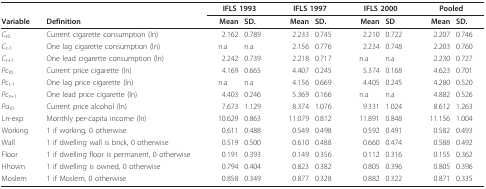
<table><thead><tr><td></td><td></td><td colspan="2"><b>IFLS 1993</b></td><td colspan="2"><b>IFLS 1997</b></td><td colspan="2"><b>IFLS 2000</b></td><td colspan="2"><b>Pooled</b></td></tr><tr><td><b>Variable</b></td><td><b>Definition</b></td><td><b>Mean</b></td><td><b>SD.</b></td><td><b>Mean</b></td><td><b>SD.</b></td><td><b>Mean</b></td><td><b>SD</b></td><td><b>Mean</b></td><td><b>SD.</b></td></tr></thead><tbody><tr><td><i>C</i><sub><i>t</i>0</sub></td><td>Current cigarette consumption (ln)</td><td>2.162</td><td>0.789</td><td>2.233</td><td>0.745</td><td>2.210</td><td>0.722</td><td>2.207</td><td>0.746</td></tr><tr><td><i>C</i><sub><i>t-</i>1</sub></td><td>One lag cigarette consumption (ln)</td><td>n.a</td><td>n.a</td><td>2.156</td><td>0.776</td><td>2.234</td><td>0.748</td><td>2.203</td><td>0.760</td></tr><tr><td><i>C</i><sub><i>t</i>+1</sub></td><td>One lead cigarette consumption (ln)</td><td>2.242</td><td>0.739</td><td>2.218</td><td>0.717</td><td>n.a</td><td>n.a</td><td>2.230</td><td>0.727</td></tr><tr><td><i>Pc</i><sub><i>t</i>0</sub></td><td>Current price cigarette (ln)</td><td>4.169</td><td>0.665</td><td>4.407</td><td>0.245</td><td>5.374</td><td>0.168</td><td>4.623</td><td>0.701</td></tr><tr><td><i>Pc</i><sub><i>t</i>-1</sub></td><td>One lag price cigarette (ln)</td><td>n.a</td><td>n.a</td><td>4.156</td><td>0.669</td><td>4.405</td><td>0.245</td><td>4.280</td><td>0.520</td></tr><tr><td><i>Pc</i><sub><i>t</i>+1</sub></td><td>One lead price cigarette (ln)</td><td>4.403</td><td>0.246</td><td>5.369</td><td>0.166</td><td>n.a</td><td>n.a</td><td>4.882</td><td>0.526</td></tr><tr><td><i>Pa</i><sub><i>t</i>0</sub></td><td>Current price alcohol (ln)</td><td>7.673</td><td>1.129</td><td>8.374</td><td>1.076</td><td>9.331</td><td>1.024</td><td>8.612</td><td>1.263</td></tr><tr><td>Ln-exp</td><td>Monthly per-capita income (ln)</td><td>10.629</td><td>0.863</td><td>11.079</td><td>0.812</td><td>11.891</td><td>0.848</td><td>11.156</td><td>1.004</td></tr><tr><td>Working</td><td>1 if working, 0 otherwise</td><td>0.611</td><td>0.488</td><td>0.549</td><td>0.498</td><td>0.592</td><td>0.491</td><td>0.582</td><td>0.493</td></tr><tr><td>Wall</td><td>1 if dwelling wall is brick, 0 otherwise</td><td>0.519</td><td>0.500</td><td>0.610</td><td>0.488</td><td>0.660</td><td>0.474</td><td>0.588</td><td>0.492</td></tr><tr><td>Floor</td><td>1 if dwelling floor is permanent, 0 otherwise</td><td>0.191</td><td>0.393</td><td>0.149</td><td>0.356</td><td>0.112</td><td>0.316</td><td>0.155</td><td>0.362</td></tr><tr><td>Hhown</td><td>1 if dwelling is owned, 0 otherwise</td><td>0.794</td><td>0.404</td><td>0.823</td><td>0.382</td><td>0.805</td><td>0.396</td><td>0.805</td><td>0.396</td></tr><tr><td>Moslem</td><td>1 if Moslem, 0 otherwise</td><td>0.858</td><td>0.349</td><td>0.877</td><td>0.328</td><td>0.882</td><td>0.322</td><td>0.871</td><td>0.335</td></tr></tbody></table>